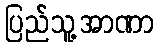
ပြည်သူ့အာဏာ